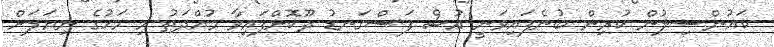
ކައުންސިލުން ކުރިން ބުނެފައިވަނީ އުސް ފަސްގަނޑު ދޫކޮށްފައިވާ މުއްދަތު މި މަހުގެ ނިޔަލަށް